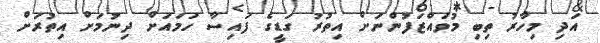
އަދި މިހާރު ތިބި މުވައްޒަފުންނަށް އިތުރު ގަޑީގެ ފައިސާ ހަމައަށް ދިނުމަށް އިތުރަށް